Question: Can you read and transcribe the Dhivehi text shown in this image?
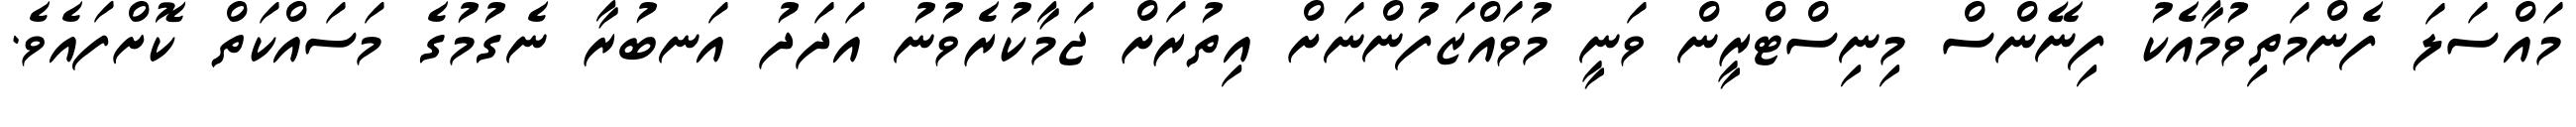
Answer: މައްސަލަ ފެންމަތިވުމާއެކު ފިނޭންސް މިނިސްޓްރީން ވަނީ މުވައްޒަފުންނަށް އިތުރަށް ޖަމާކުރެވުނު އަދަދު އަނބުރާ ނެގުމުގެ މަސައްކަތް ކޮށްފައެވެ.